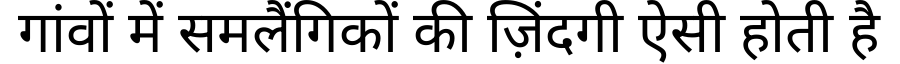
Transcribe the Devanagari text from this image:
गांवों में समलैंगिकों की ज़िंदगी ऐसी होती है